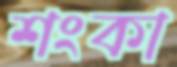
শংকা